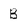
Character: B